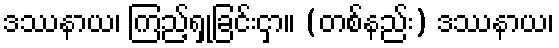
ဒဿနာယ၊ ကြည့်ရှုခြင်းငှာ။ (တစ်နည်း) ဒဿနာယ၊